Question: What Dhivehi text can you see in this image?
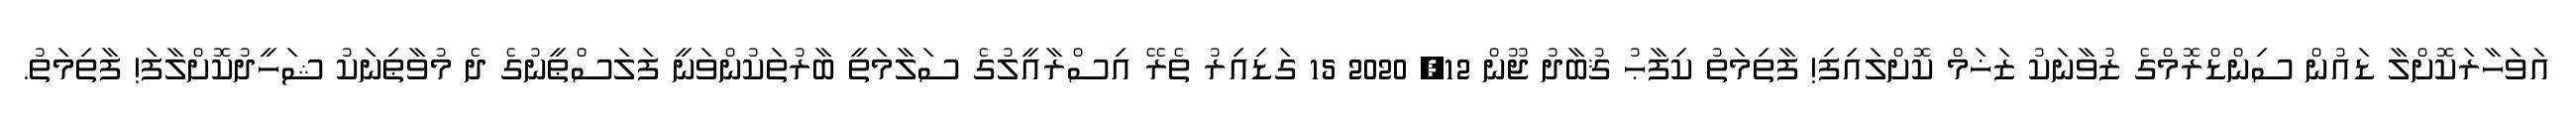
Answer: އަވަހާރަކޮށްލާ ޑައުން ސިންޑްރޮމްގެ ޒުވާނަކު ޒަޚަމް ކޮށްލައިފި! ފާތިމަތު ކިފާޙު ޤުބާދު ޖޫން 12, 2020 15 ގަޑިއިރު ތެރޭ އިސްރާއީލުގެ ސަލާމަތީ ބާރުތަކުންވަނީ ފަލަސްޠީނުގެ ދެ މުވާޠިނަކު ޝަހީދުކޮށްލާފަ! ފާތިމަތު.